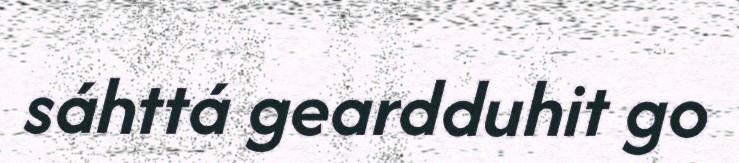
sáhttá geardduhit go